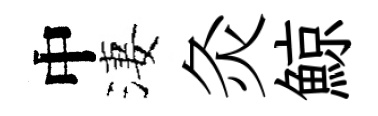
中淒灸鯨